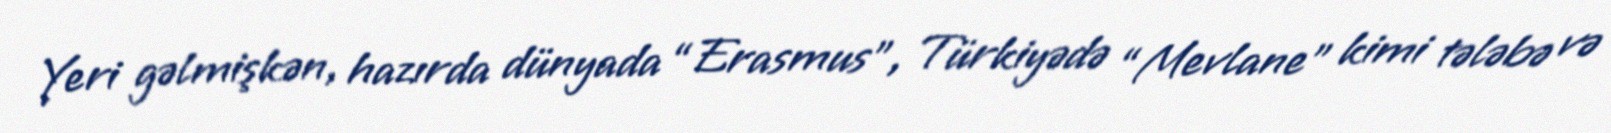
Yeri gəlmişkən, hazırda dünyada “Erasmus”, Türkiyədə “Mevlane” kimi tələbə və